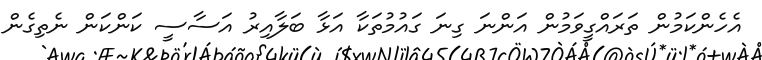
އެހެންކަމުން ތަރައްގީވަމުން އަންނަ ގިނަ ގައުމުތަކާ އަޅާ ބަލާއިރު އަސާސީ ކަންކަން ނެތިގެން